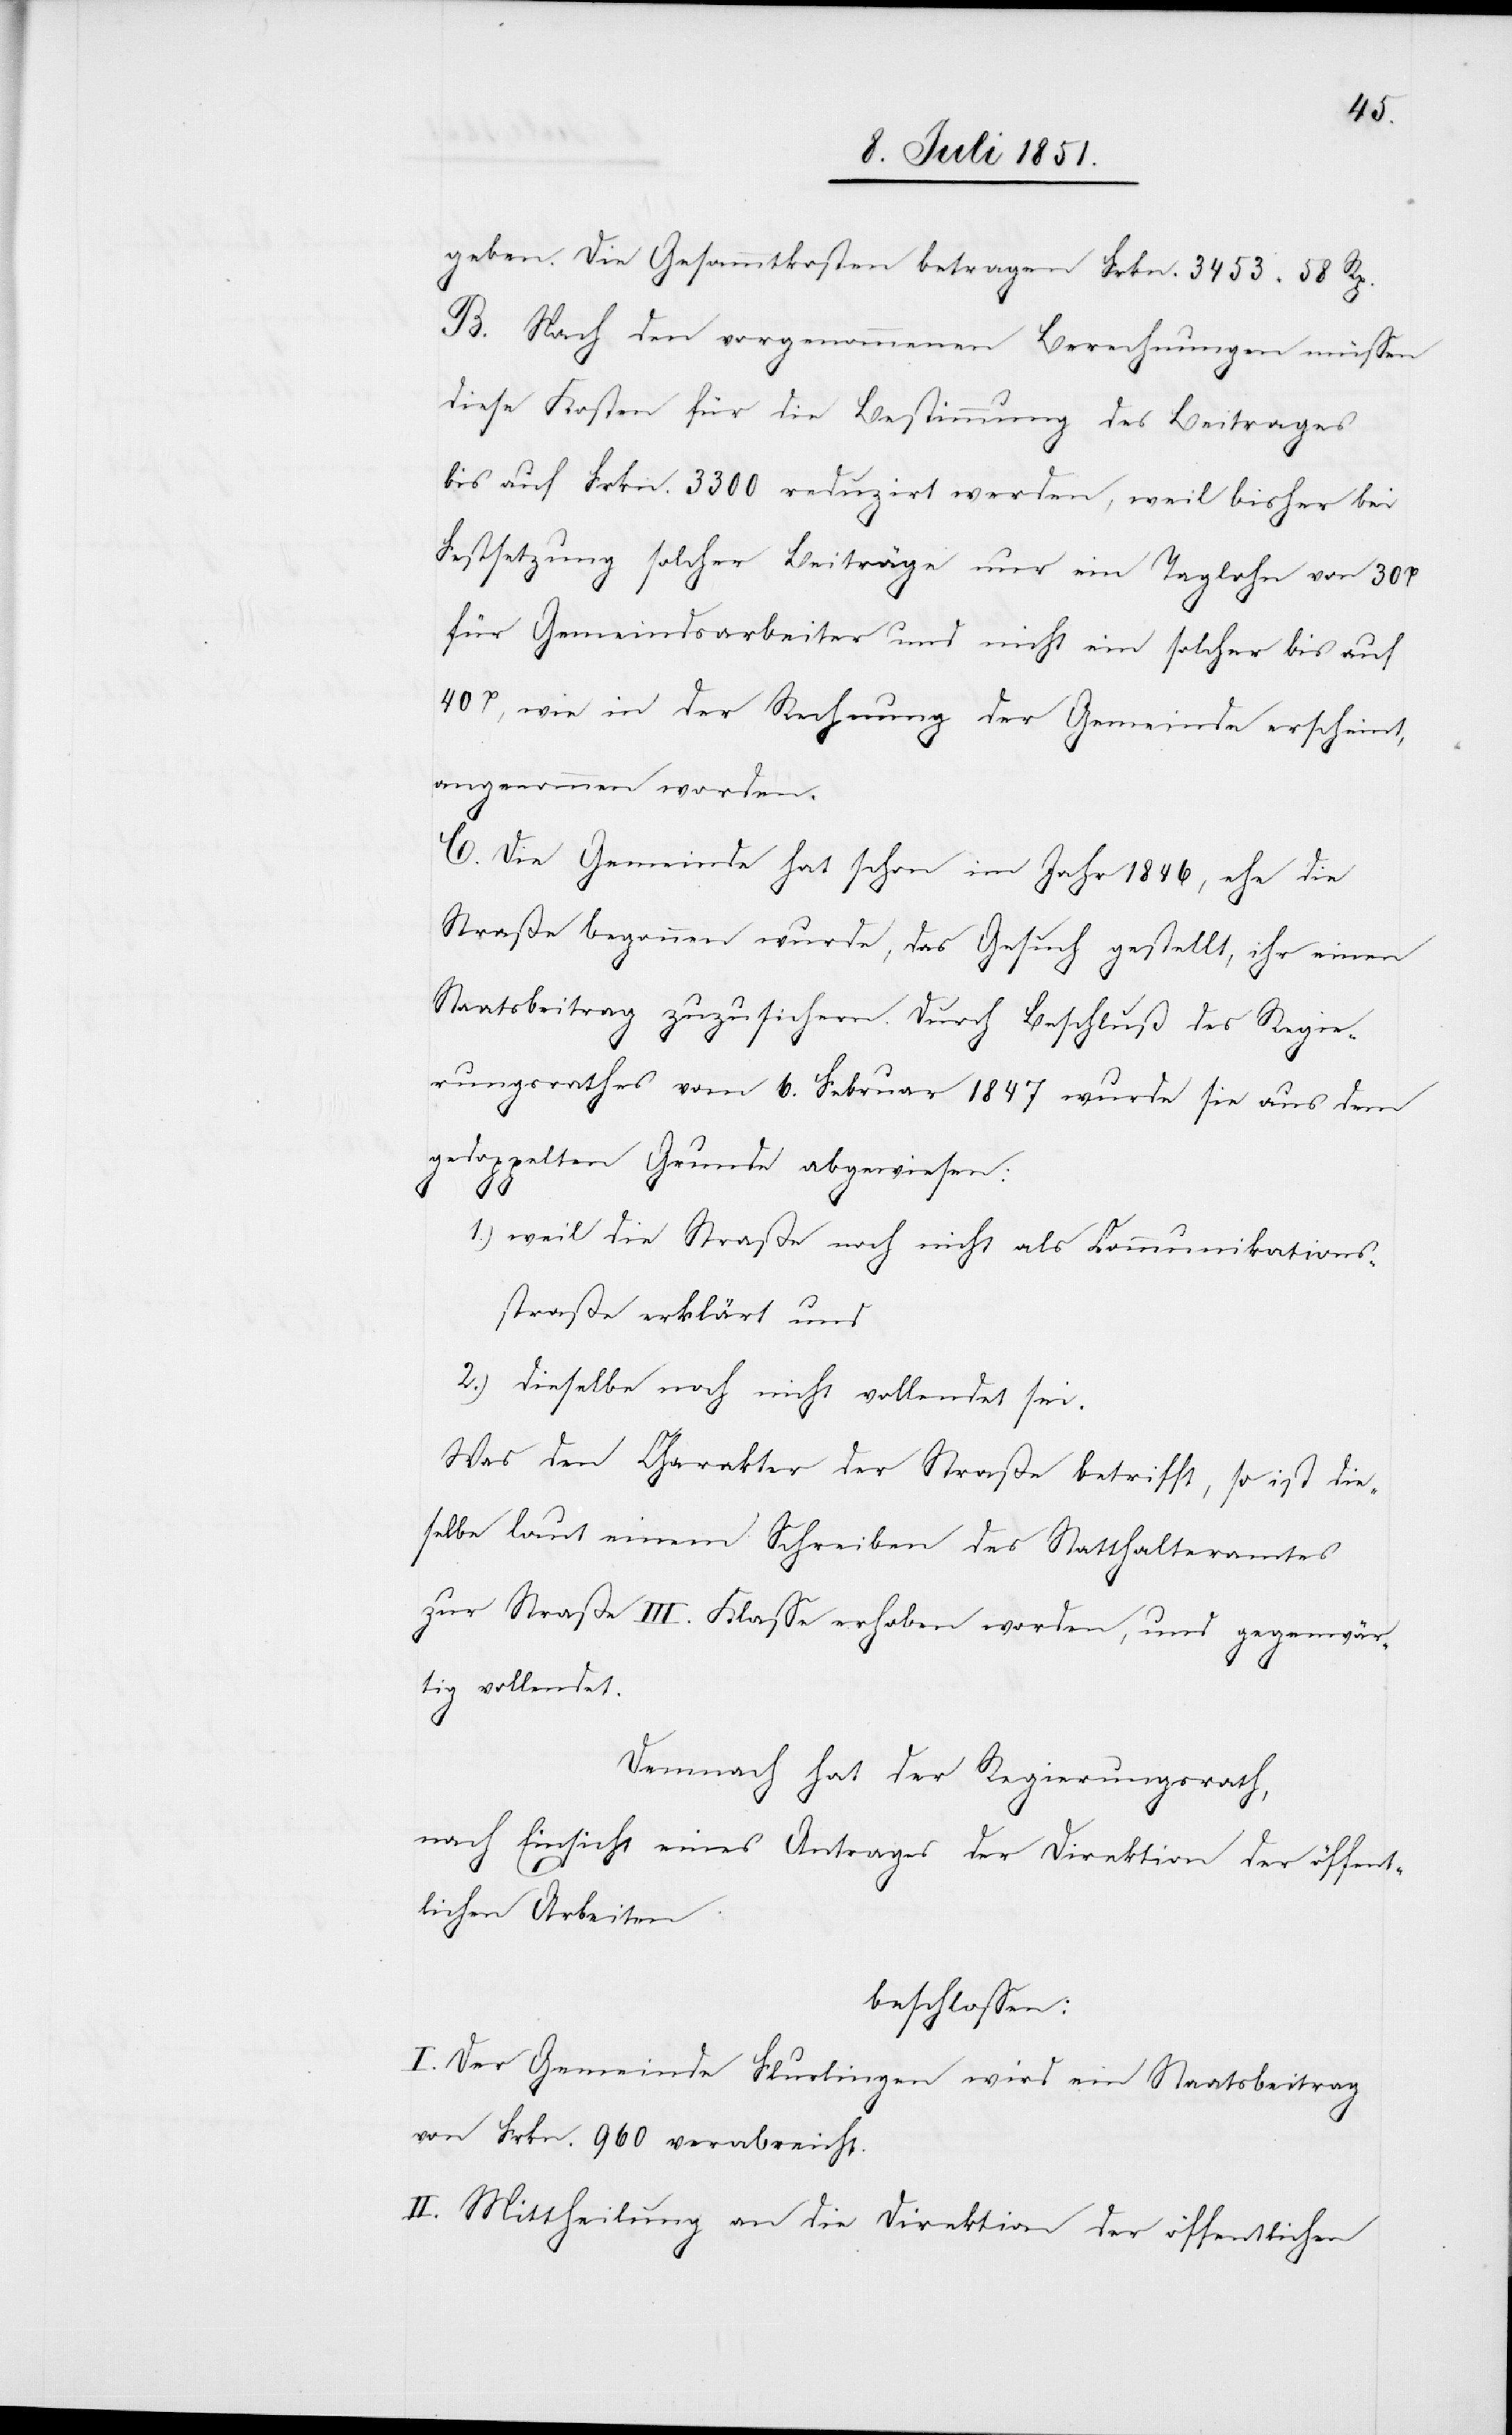
geben. Die Gesammtkosten betragen Frkn. 3453 58 Rp.
B. Nach den vorgenommenen Berechnungen müssen
diese Kosten für die Bestimmung des Beitrages
bis auf Frkn. 3300 reduzirt werden, weil bisher bei
Festsetzung solcher Beiträge nur ein Taglohn von 30H
für Gemeindsarbeiter und nicht ein solcher bis auf
40H, wie in der Rechnung der Gemeinde erscheint,
angenommen worden.
C. Die Gemeinde hat schon im Jahr 1846, ehe die
Straße begonnen wurde, das Gesuch gestellt, ihr einen
Staatsbeitrag zuzusichern. Durch Beschluß des Regie¬
rungsrathes vom 6. Februar 1847 wurde sie aus dem
gedoppelten Grunde abgewiesen:
1.) weil die Straße noch nicht als Communikations¬
straße erklärt und
2.) dieselbe noch nicht vollendet sei.
Was den Charakter der Straße betrifft, so ist die¬
selbe laut einem Schreiben des Statthalteramtes
zur Straße III. Klasse erhoben worden, und gegenwär¬
tig vollendet.
Demnach hat der Regierungsrath,
nach Einsicht eines Antrages der Direktion der öffent¬
lichen Arbeiten
beschlossen:
I. Der Gemeinde Flurlingen wird ein Staatsbeitrag
von Frkn. 960 verabreicht.
II. Mittheilung an die Direktion der öffentlichen